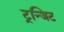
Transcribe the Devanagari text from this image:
ट्रन्जिट